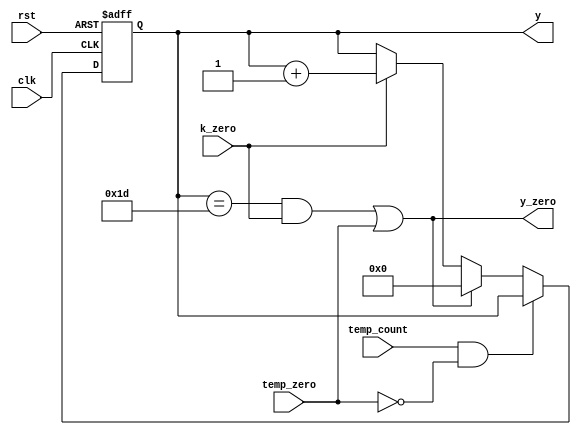
//we need y_counter to count 30 times(from 0 to 29) with each (k=2)and(j=2) then back to 0 and so on

module y_count_L1 (y,y_zero,clk,rst,k_zero,temp_count,temp_zero);
output wire y_zero;
output reg [4:0] y;
input wire rst,clk,k_zero,temp_count,temp_zero;
always @ (posedge clk or negedge rst)
	begin
		if (!rst )
			y<=0;
		else if (temp_count && !temp_zero);
		else if ((y==5'b11101 &&k_zero)||temp_zero)	
			y<=0;
		else if (k_zero)
			y<=y+5'b1;
	end
assign y_zero=((y==5'b11101 &&k_zero)||temp_zero);	
endmodule